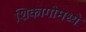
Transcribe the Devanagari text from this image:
शिकागोमध्ये